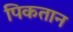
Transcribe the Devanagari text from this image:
पिकतान